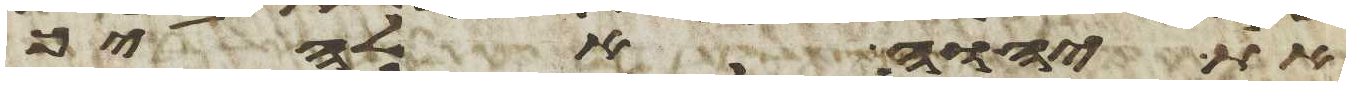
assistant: את יהוה אלהיך